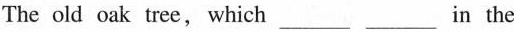
The old oak tree, which___ ___in the